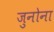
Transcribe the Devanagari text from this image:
जुनोना